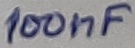
Text: 100nF